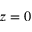
z = 0